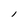
Character: l